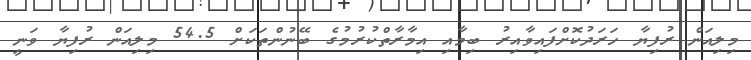
މިލިއަން ރުފިޔާ ހަރަދުކޮށްފައިވާއިރު ބިމާއި އިމާރާތްކުރުމުގެ ބޭނުންތަކަށް 54.5 މިލިއަން ރުފިޔާ ވަނީ